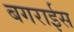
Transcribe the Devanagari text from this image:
बगराईस